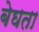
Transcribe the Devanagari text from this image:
बेघता